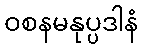
ဝစနမနုပ္ပဒါနံ